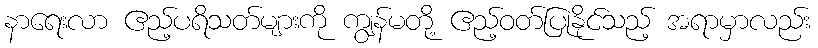
နာရေးလာ ဧည့်ပရိသတ်များကို ကျွန်မတို့ ဧည့်ဝတ်ပြုနိုင်သည့် အရာမှာလည်း